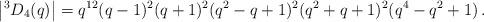
LaTeX: \begin{align*}\left|^3D_4(q)\right| = q^{12}(q-1)^2 (q+1)^2 (q^2-q+1)^2(q^2+q+1)^2 (q^4-q^2+1)\,. \end{align*}